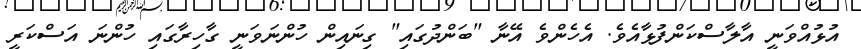
އުޅުއްވަނީ އާލާސްކަންފުޅާއެވެ. އެހެންވެ އޭނާ "ބަންދުގައި" ގިނައިން ހުންނަވަނީ ގާހިރާގައި ހުންނަ އަސްކަރީ